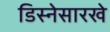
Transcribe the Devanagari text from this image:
डिस्नेसारखे